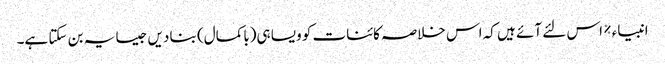
انبیاء ٪ اس لئے آئے ہیں کہ اس خلاصہ کائنات کو ویسا ہی(باکمال) بنا دیں جیسا یہ بن سکتا ہے۔